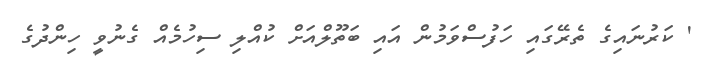
' ކަރުނައިގެ ތެރޭގައި ހަފުސްވަމުން އައި ބަތޫލްއަށް ކުއްލި ސިހުމެއް ގެނުވީ ހިންދުގެ